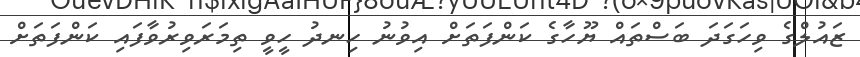
ޒައުލްގެ ވިހަގަދަ ބަސްތައް ޔޫހާގެ ކަންފަތަށް އިވުނު ހިނދު ހީވީ ތިމަރަވިރުވާފައި ކަންފަތަށް